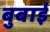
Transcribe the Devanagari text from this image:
बुबाई